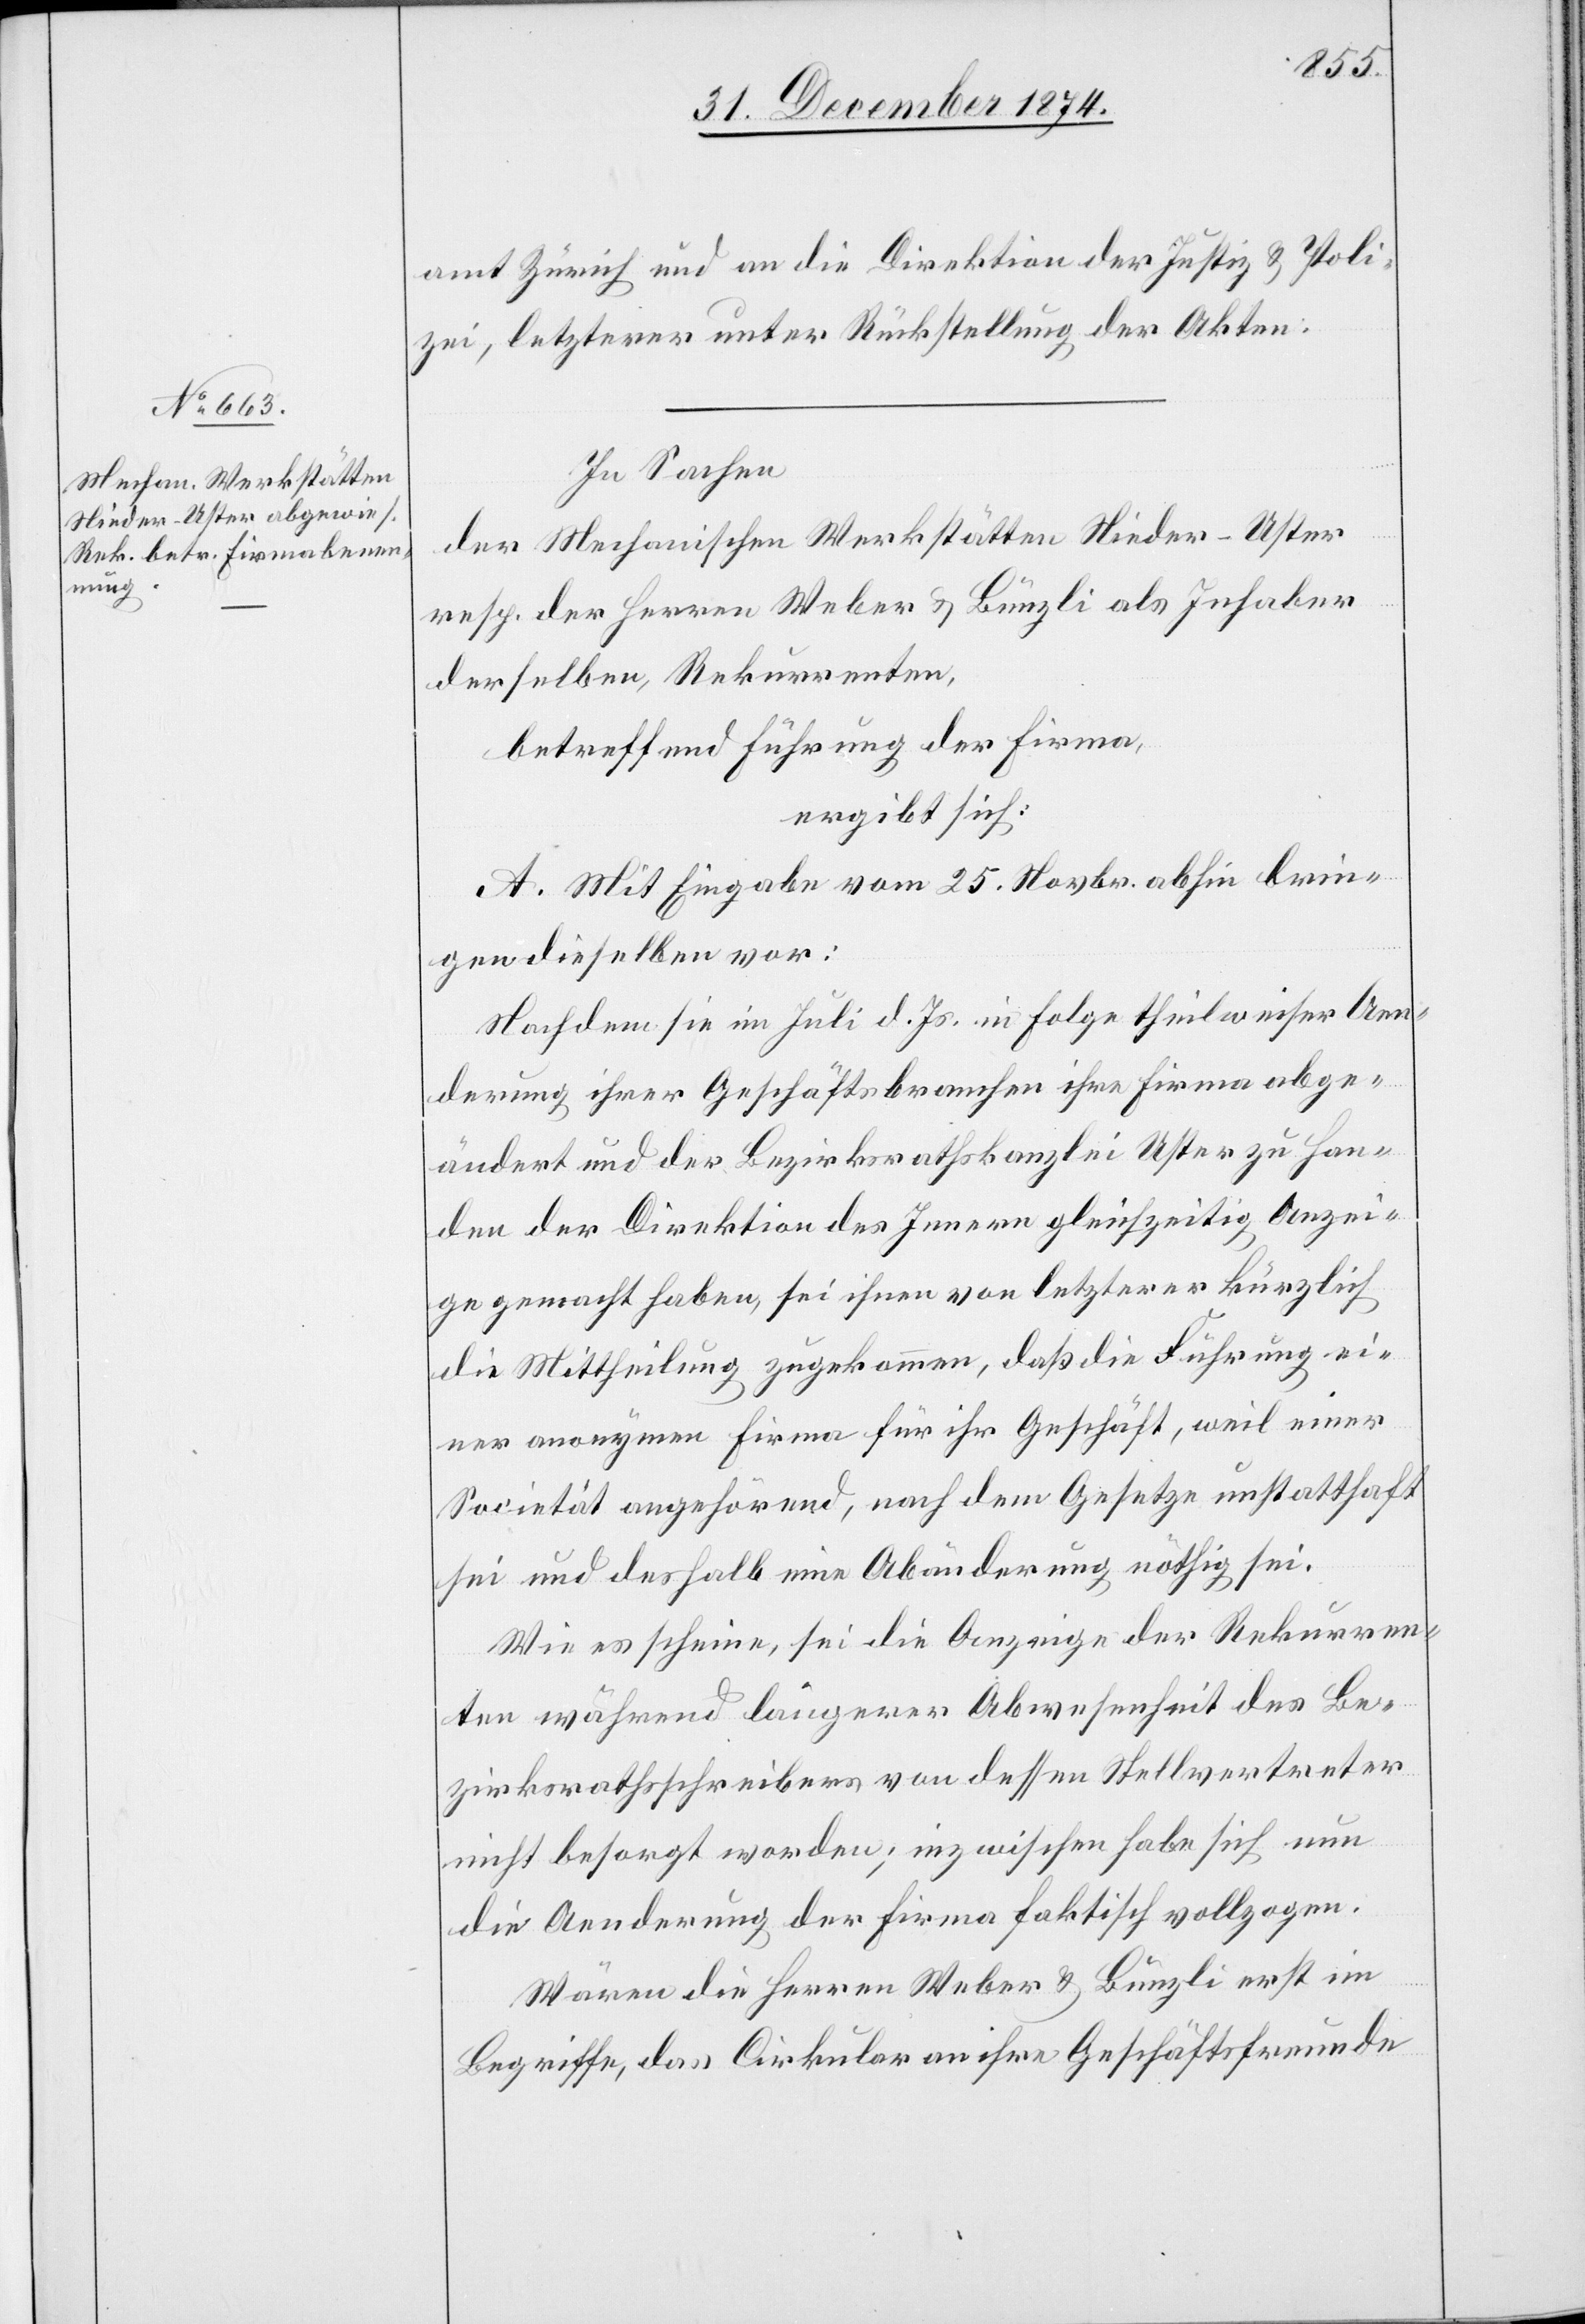
amt Zürich und an die Direktion der Justiz & Poli¬
zei, letzterer unter Rückstellung der Akten.
In Sachen
der Mechanischen Werkstätten Nieder-Uster
resp. der Herren Weber & Bünzli als Inhaber
derselbe, Rekurrenten,
betreffend Führung der Firma,
ergibt sich:
A. Mit Eingabe vom 25. Novbr. abhin brin¬
gen dieselben vor:
Nachdem sie im Juli d. Js. in Folge theilweiser Aen¬
derung ihrer Geschäftsbranchen ihre Firma abge¬
ändert und der Bezirksrathskanzlei Uster zu Han¬
den der Direktion des Innern gleichzeitig Anzei¬
ge gemacht haben, sei ihnen von letzterer kürzlich
die Mittheilung zugekommen, daß die Führung ei¬
ner anonymen Firma für ihr Geschäft, weil einer
Societät angehörend, nach dem Gesetze unstatthaft
sei und deshalb eine Abänderung nöthig sei.
Wie es scheine, sei die Anzeige der Rekurren¬
ten während längerer Abwesenheit des Be¬
zirksrathsschreibers von dessen Stellvertreter
nicht besorgt worden; inzwischen habe sich nun
die Aenderung der Firma faktisch vollzogen.
Wären die Herren Weber & Bünzli erst im
Begriffe, das Cirkular an ihre Geschäftsfreunde